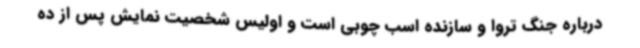
درباره جنگ تروا و سازنده اسب چوبی است و اولیس شخصیت نمایش پس از ده